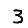
Digit: 3